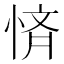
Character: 𭝚